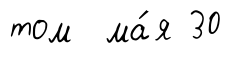
том ма́я 30